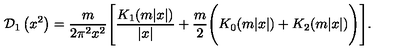
{ \cal D } _ { 1 } \left( x ^ { 2 } \right) = \frac { m } { 2 \pi ^ { 2 } x ^ { 2 } } \Biggl [ \frac { K _ { 1 } ( m | x | ) } { \left| x \right| } + \frac { m } { 2 } \Biggl ( K _ { 0 } ( m | x | ) + K _ { 2 } ( m | x | ) \Biggr ) \Biggr ] .